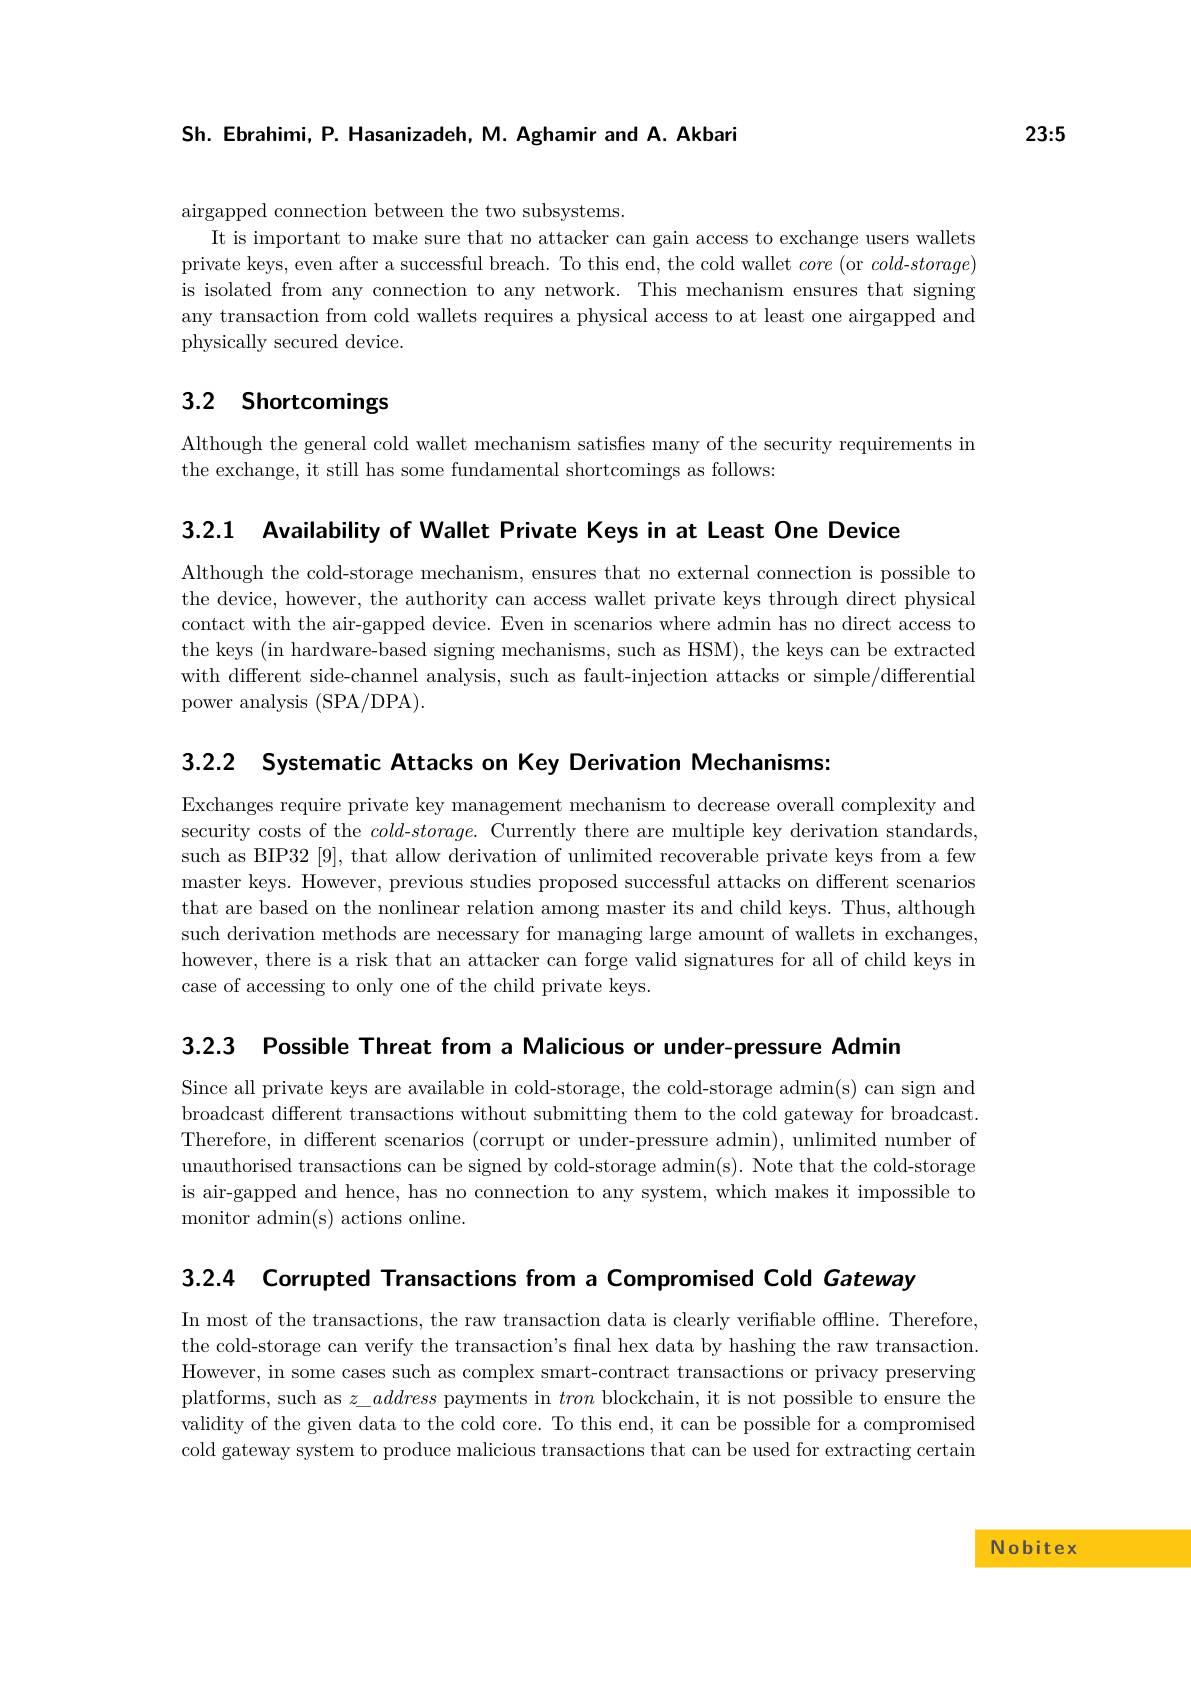
23:5

Sh. Ebrahimi, P. Hasanizadeh, M. Aghamir and A. Akbari

airgapped connection between the two subsystems.
It is important to make sure that no attacker can gain access to exchange users wallets private keys, even after a successful breach. To this end, the cold wallet core (or $cold-storage)$ is isolated from any connection to any network. This mechanism ensures that signing any transaction from cold wallets requires a physical access to at least one airgapped and physically secured device.

# 3.2 Shortcomings

Although the general cold wallet mechanism satisfes many of the security requirements in
the exchange, it still has some fundamental shortcomings as follows:

3.2.1 Availability of Wallet Private Keys in at Least One Device

Although the cold-storage mechanism, ensures that no external connection is possible to the device, however, the authority can access wallet private keys through direct physical contact with the air-gapped device. Even in scenarios where admin has no direct access to the keys (in hardware-based signing mechanisms, such as HSM), the keys can be extracted with different side-channel analysis, such as fault-injection attacks or simple/differential power analysis (SPA/DPA).

3.2.2 Systematic Attacks on Key Derivation Mechanisms:

Exchanges require private key management mechanism to decrease overall complexity and security costs of the $cold-storage.$ Currently there are multiple key derivation standards, such as BIP32 [9], that allow derivation of unlimited recoverable private keys from a few master keys. However, previous studies proposed successful attacks on different scenarios that are based on the nonlinear relation among master its and child keys. Thus, although such derivation methods are necessary for managing large amount of wallets in exchanges, however, there is a risk that an attacker can forge valid signatures for all of child keys in case of accessing to only one of the child private keys.

3.2.3 Possible Threat from a Malicious or under-pressure Admin

Since all private keys are available in cold-storage, the cold-storage admin(s) can sign and broadcast different transactions without submitting them to the cold gateway for broadcast. Therefore, in different scenarios (corrupt or under-pressure admin), unlimited number of unauthorised transactions can be signed by cold-storage admin(s). Note that the cold-storage is air-gapped and hence, has no connection to any system, which makes it impossible to monitor admin(s) actions online.

3.2.4 Corrupted Transactions from a Compromised Cold Gateway

In most of the transactions, the raw transaction data is clearly verifiable offline. Therefore, the cold-storage can verify the transaction's final hex data by hashing the raw transaction. However, in some cases such as complex smart-contract transactions or privacy preserving platforms, such as $z\_address$ payments in tron blockchain, it is not possible to ensure the validity of the given data to the cold core. To this end, it can be possible for a compromised cold gateway system to produce malicious transactions that can be used for extracting certain

Nobitex